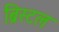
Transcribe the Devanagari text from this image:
ब्रिस्‍टल